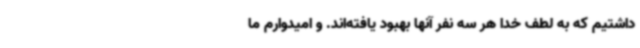
داشتیم که به لطف خدا هر سه نفر آنها بهبود یافته‌اند. و امیدوارم ما